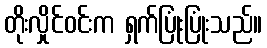
တိုးလှိုင်ဝင်းက ရှက်ပြုံးပြုံးသည်။